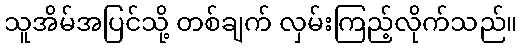
သူအိမ်အပြင်သို့ တစ်ချက် လှမ်းကြည့်လိုက်သည်။